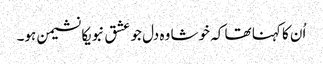
اُن کا کہنا تھا کہ خوشا وہ دل جو عشق نبویکا نشیمن ہو۔